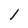
Character: l